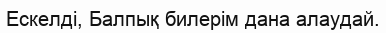
Ескелді, Балпық билерім дана алаудай.